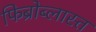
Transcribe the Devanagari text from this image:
फिब्रोब्लास्त